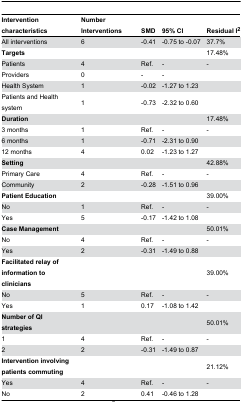
| Intervention characteristics | Number Interventions | SMD | 95% CI | Residual I2 |
 | --- | --- | --- | --- | --- |
 | All interventions | 6 | -0.41 | -0.75 to -0.07 | 37.7% |
 | Targets |  |  |  | 17.48% |
 | Patients | 4 | Ref. | - | - |
 | Providers | 0 | - | - |  |
 | Health System | 1 | -0.02 | -1.27 to 1.23 |  |
 | Patients and Health system | 1 | -0.73 | -2.32 to 0.60 |  |
 | Duration |  |  |  | 17.48% |
 | 3 months | 1 | Ref. | - | - |
 | 6 months | 1 | -0.71 | -2.31 to 0.90 |  |
 | 12 months | 4 | 0.02 | -1.23 to 1.27 |  |
 | Setting |  |  |  | 42.88% |
 | Primary Care | 4 | Ref. | - | - |
 | Community | 2 | -0.28 | -1.51 to 0.96 |  |
 | Patient Education |  |  |  | 39.00% |
 | No | 1 | Ref. | - | - |
 | Yes | 5 | -0.17 | -1.42 to 1.08 |  |
 | Case Management |  |  |  | 50.01% |
 | No | 4 | Ref. | - | - |
 | Yes | 2 | -0.31 | -1.49 to 0.88 |  |
 | Facilitated relay of information to clinicians |  |  |  | 39.00% |
 | No | 5 | Ref. | - | - |
 | Yes | 1 | 0.17 | -1.08 to 1.42 |  |
 | Number of QI strategies |  |  |  | 50.01% |
 | 1 | 4 | Ref. | - | - |
 | 2 | 2 | -0.31 | -1.49 to 0.87 |  |
 | Intervention involving patients commuting |  |  |  | 21.12% |
 | Yes | 4 | Ref. | - | - |
 | No | 2 | 0.41 | -0.46 to 1.28 |  |